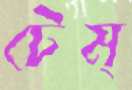
টেম্